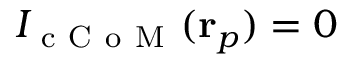
I _ { \mathrm { ~ c ~ C ~ o ~ M ~ } } ( \mathbf { r } _ { p } ) = 0